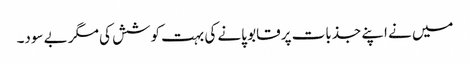
میں نے اپنے جذبات پر قابو پانے کی بہت کوشش کی مگر بے سود۔